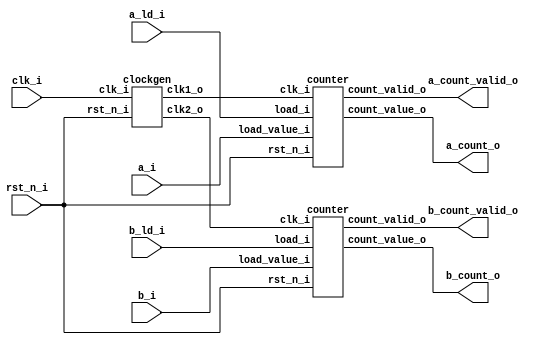
/*
Hierarchical clock example (rtl source for hierclock_gate.v)

Generated using:
gdb ~/yosys/yosys
read_verilog hierclock.v
opt
wreduce
opt
synth
write_verilog post_booth.v
techmap -map adder_map_file.v
techmap -map ./techmap.v
dfflibmap -liberty NangateOpenCellLibrary_typical.lib 
abc -liberty NangateOpenCellLibrary_typical.lib
stat -liberty NangateOpenCellLibrary_typical.lib    
write_verilog hierclock_gate.v
*/

module hierclock(
                 input        clk_i,
                 input        rst_n_i,
                 input [3:0]  a_i,
                 input [3:0]  b_i,
                 input        a_ld_i,
                 input        b_ld_i,
                 output [3:0] a_count_o,
                 output a_count_valid_o,
                 output [3:0] b_count_o,
                 output b_count_valid_o
                 );
   wire                 clk1_int;
   wire                 clk2_int;

   clockgen U1 (.clk_i(clk_i), 
                .rst_n_i(rst_n_i), 
                .clk1_o(clk1_int), 
                .clk2_o(clk2_int));
   
   counter  U2(.clk_i(clk1_int),.rst_n_i(rst_n_i),.load_i(a_ld_i), 
               .load_value_i(a_i), 
               .count_value_o(a_count_o), 
               .count_valid_o(a_count_valid_o)
               );
   counter  U3(.clk_i(clk2_int), .rst_n_i(rst_n_i), .load_i(b_ld_i), 
               .load_value_i(b_i), 
               .count_value_o(b_count_o), 
               .count_valid_o(b_count_valid_o)
               );
   
endmodule // hierclock

module counter (input clk_i,
                input  rst_n_i,
                input  load_i,
                input[3:0]  load_value_i,
                output[3:0] count_value_o,
                output count_valid_o);

   reg [3:0]                counter_q;
   reg                      count_valid_q;

   assign count_value_o = counter_q;
   assign count_valid_o = count_valid_q;
   
   always @(posedge clk_i)
     begin
        if (~rst_n_i)
          begin
             counter_q <= 4'b0;
             count_valid_q <= 1'b0;
          end
        else
          begin
             if (load_i)
               begin
                  counter_q <= load_value_i;
                  count_valid_q <= 1'b0;
               end
             else
               begin
                  counter_q <= counter_q + 1'b1;
                  count_valid_q <= 1'b1;
               end
          end
     end
endmodule // counter




module clockgen (input clk_i,
                 input  rst_n_i,
                 output clk1_o,
                 output clk2_o);
   reg [3:0]            counter_q;

   always @(posedge clk_i)
     begin
        if (~rst_n_i)
          counter_q <= 4'b0;
        else
          begin
             counter_q <= counter_q + 1'b1;
          end
     end
   assign clk1_o = counter_q[1];
   assign clk2_o = counter_q[3];
endmodule // clockgen